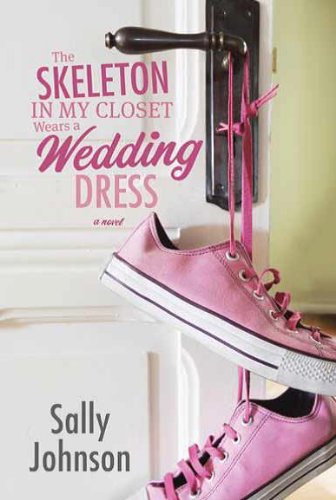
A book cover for The Skeleton in My Closet Wears a Wedding Dress; Sally Johnson; Literature & Fiction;